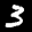
Label: 3